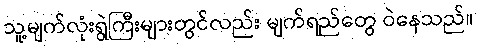
သူ့မျက်လုံးရွဲကြီးများတွင်လည်း မျက်ရည်တွေ ဝဲနေသည်။